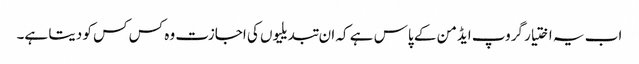
اب یہ اختیار گروپ ایڈمن کے پاس ہے کہ ان تبدیلیوں کی اجازت وہ کس کس کو دیتا ہے۔